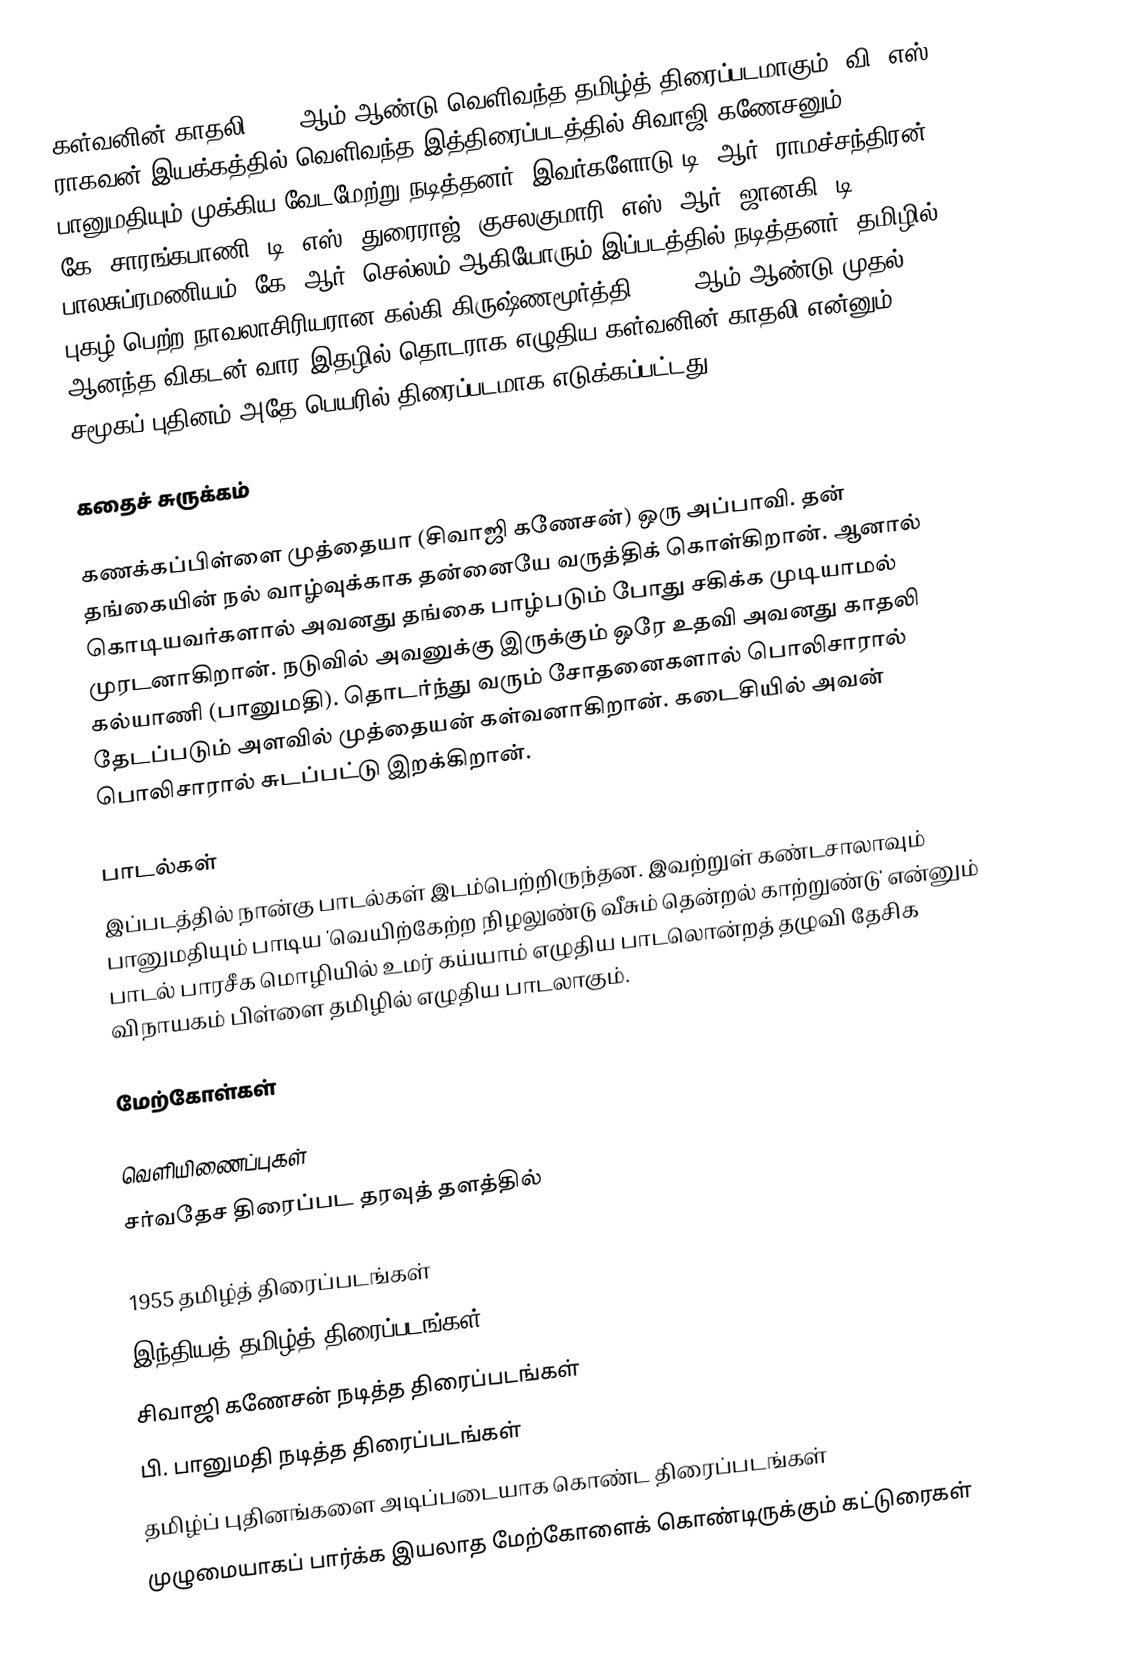
கள்வனின் காதலி 1955 ஆம் ஆண்டு வெளிவந்த தமிழ்த் திரைப்படமாகும். வி. எஸ். ராகவன் இயக்கத்தில் வெளிவந்த இத்திரைப்படத்தில் சிவாஜி கணேசனும் பானுமதியும் முக்கிய வேடமேற்று நடித்தனர். இவர்களோடு டி. ஆர். ராமச்சந்திரன், கே. சாரங்கபாணி, டி. எஸ். துரைராஜ், குசலகுமாரி, எஸ். ஆர். ஜானகி, டி. பாலசுப்ரமணியம், கே. ஆர். செல்லம் ஆகியோரும் இப்படத்தில் நடித்தனர். தமிழில் புகழ் பெற்ற நாவலாசிரியரான கல்கி கிருஷ்ணமூர்த்தி, 1937 ஆம் ஆண்டு முதல் ஆனந்த விகடன் வார இதழில் தொடராக எழுதிய கள்வனின் காதலி என்னும் சமூகப் புதினம் அதே பெயரில் திரைப்படமாக எடுக்கப்பட்டது.

கதைச் சுருக்கம்

கணக்கப்பிள்ளை முத்தையா (சிவாஜி கணேசன்) ஒரு அப்பாவி. தன் தங்கையின் நல் வாழ்வுக்காக தன்னையே வருத்திக் கொள்கிறான். ஆனால் கொடியவர்களால் அவனது தங்கை பாழ்படும் போது சகிக்க முடியாமல் முரடனாகிறான். நடுவில் அவனுக்கு இருக்கும் ஒரே உதவி அவனது காதலி கல்யாணி (பானுமதி). தொடர்ந்து வரும் சோதனைகளால் பொலிசாரால் தேடப்படும் அளவில் முத்தையன் கள்வனாகிறான். கடைசியில் அவன் பொலிசாரால் சுடப்பட்டு இறக்கிறான்.

பாடல்கள்
இப்படத்தில் நான்கு பாடல்கள் இடம்பெற்றிருந்தன. இவற்றுள் கண்டசாலாவும் பானுமதியும் பாடிய 'வெயிற்கேற்ற நிழலுண்டு வீசும் தென்றல் காற்றுண்டு' என்னும் பாடல் பாரசீக மொழியில் உமர் கய்யாம் எழுதிய பாடலொன்றத் தழுவி தேசிக விநாயகம் பிள்ளை தமிழில் எழுதிய பாடலாகும்.

மேற்கோள்கள்

வெளியிணைப்புகள்
 சர்வதேச திரைப்பட தரவுத் தளத்தில்

1955 தமிழ்த் திரைப்படங்கள்
இந்தியத் தமிழ்த் திரைப்படங்கள்
சிவாஜி கணேசன் நடித்த திரைப்படங்கள்
பி. பானுமதி நடித்த திரைப்படங்கள்
தமிழ்ப் புதினங்களை அடிப்படையாக கொண்ட திரைப்படங்கள்
முழுமையாகப் பார்க்க இயலாத மேற்கோளைக் கொண்டிருக்கும் கட்டுரைகள்